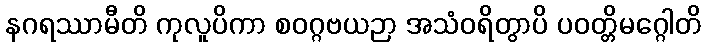
နဂရဿာမီတိ ကုလူပိကာ စဝဂ္ဂဗယဉာ အသံဝရိတွာပိ ပဝတ္တိမဂ္ဂေါတိ